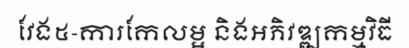
វែង៥-ការកែលម្អ និងអភិវឌ្ឍកម្មវិធី